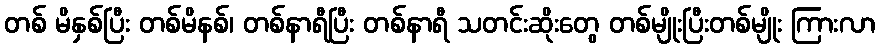
တစ် မိနှစ်ပြီး တစ်မိနစ်၊ တစ်နာရီပြီး တစ်နာရီ သတင်းဆိုးတွေ တစ်မျိုးပြီးတစ်မျိုး ကြားလာ